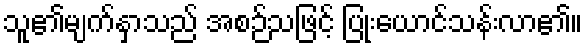
သူ၏မျက်နှာသည် အစဉ်သဖြင့် ပြုံးယောင်သန်းလာ၏။